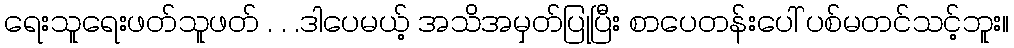
ရေးသူရေးဖတ်သူဖတ် . . .ဒါပေမယ့် အသိအမှတ်ပြုပြီး စာပေတန်းပေါ် ပစ်မတင်သင့်ဘူး။